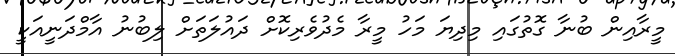
މީރާއިން ބުނާ ގޮތުގައި މިދިޔަ މަހު މީރާ މެދުވެރިކޮށް ދައުލަތަށް ލިބުނު އާމްދަނީއަކީ